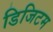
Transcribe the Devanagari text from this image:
डिजिटम